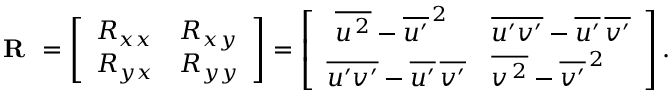
\begin{array} { r } { \textbf { R } = \left[ \begin{array} { l l } { R _ { x x } } & { R _ { x y } } \\ { R _ { y x } } & { R _ { y y } } \end{array} \right] = \left[ \begin{array} { l l } { \, \, \overline { { { u ^ { \, 2 } } } } - \overline { { { u ^ { \prime } } } } ^ { \, 2 } } & { \overline { { { u ^ { \prime } v ^ { \prime } } } } - \overline { { { u ^ { \prime } } } } \, \overline { { { v ^ { \prime } } } } } \\ { \overline { { { u ^ { \prime } v ^ { \prime } } } } - \overline { { { u ^ { \prime } } } } \, \overline { { { v ^ { \prime } } } } } & { \overline { { { v ^ { \, 2 } } } } - \overline { { { v ^ { \prime } } } } ^ { \, 2 } } \end{array} \right] . } \end{array}